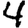
Digit: 4